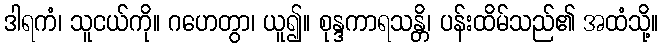
ဒါရကံ၊ သူငယ်ကို။ ဂဟေတွာ၊ ယူ၍။ စုန္ဒကာရသန္တိ၊ ပန်းထိမ်သည်၏ အထံသို့။